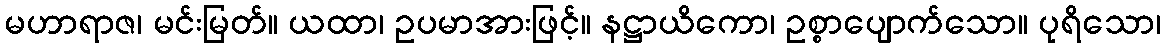
မဟာရာဇ၊ မင်းမြတ်။ ယထာ၊ ဥပမာအားဖြင့်။ နဋ္ဌာယိကော၊ ဥစ္စာပျောက်သော။ ပုရိသော၊